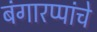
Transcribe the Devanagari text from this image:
बंगारप्पांचे